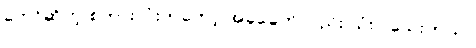
ဘော်ဆိုတဲ့ စကားလုံးကတော့ အခုခေတ်လည်း သုံးပါသေးတယ်။